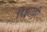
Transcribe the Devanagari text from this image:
रिझाती